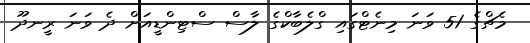
މެޗްގެ 51 ވަނަ މިނެޓްގައި ގްލެބާކްގެ ލާސް ސްޓިންޑީއަށް ދެ ވަނަ ރީނދޫ